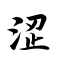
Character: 涩